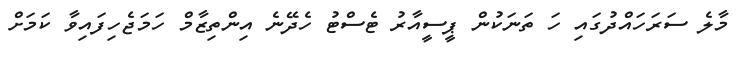
މާލެ ސަރަހައްދުގައި ހަ ތަނަކުން ޕީސީއާރު ޓެސްޓު ހެދޭނެ އިންތިޒާމް ހަމަޖެހިފައިވާ ކަމަށް